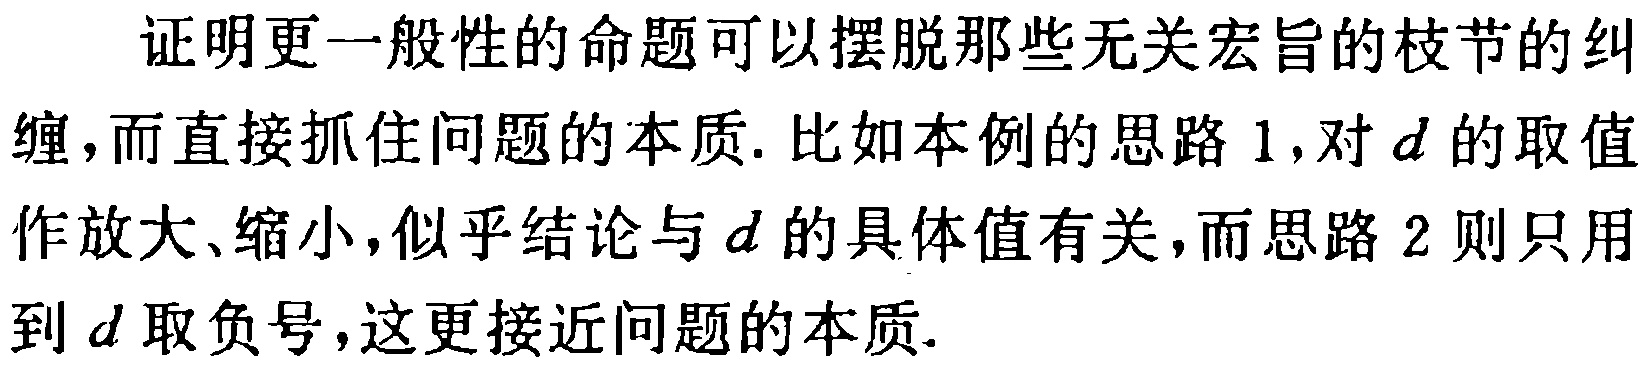
证明更一般性的命题可以摆脱那些无关宏旨的枝节的纠缠，而直接抓住问题的本质. 比如本例的思路1,对$d$的取值作放大、缩小,似乎结论与$d$的具体值有关,而思路2则只用到$d$取负号,这更接近问题的本质.